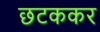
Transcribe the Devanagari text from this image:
छटककर